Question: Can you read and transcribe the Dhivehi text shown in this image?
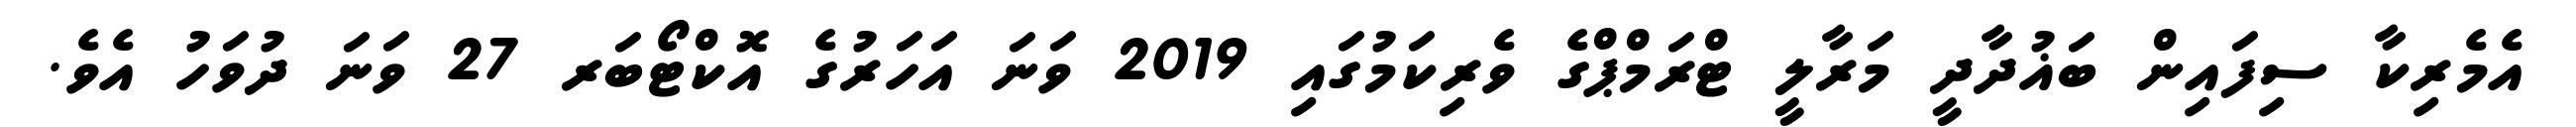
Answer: އެމެރިކާ ސިފައިން ބަޣުދާދީ މަރާލީ ޓްރަމްޕްގެ ވެރިކަމުގައި 2019 ވަނަ އަހަރުގެ އޮކްޓޯބަރ 27 ވަނަ ދުވަހު އެވެ.